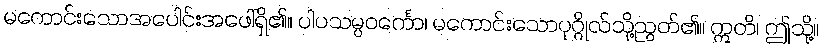
မကောင်းသောအပေါင်းအဖေါ်ရှိ၏။ ပါပသမ္ပဝင်္ကော၊ မကောင်းသောပုဂ္ဂိုလ်သို့ညွတ်၏။ ဣတိ၊ ဤသို့။